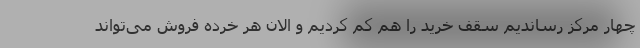
چهار مرکز رساندیم سقف خرید را هم کم کردیم و الان هر خرده فروش می‌تواند